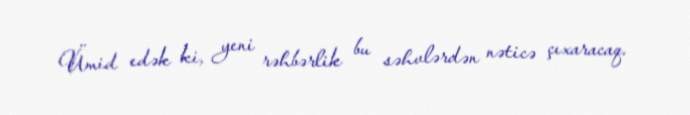
Ümid edək ki, yeni rəhbərlik bu səhvlərdən nəticə çıxaracaq.